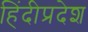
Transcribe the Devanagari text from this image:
हिंदीप्रदेश